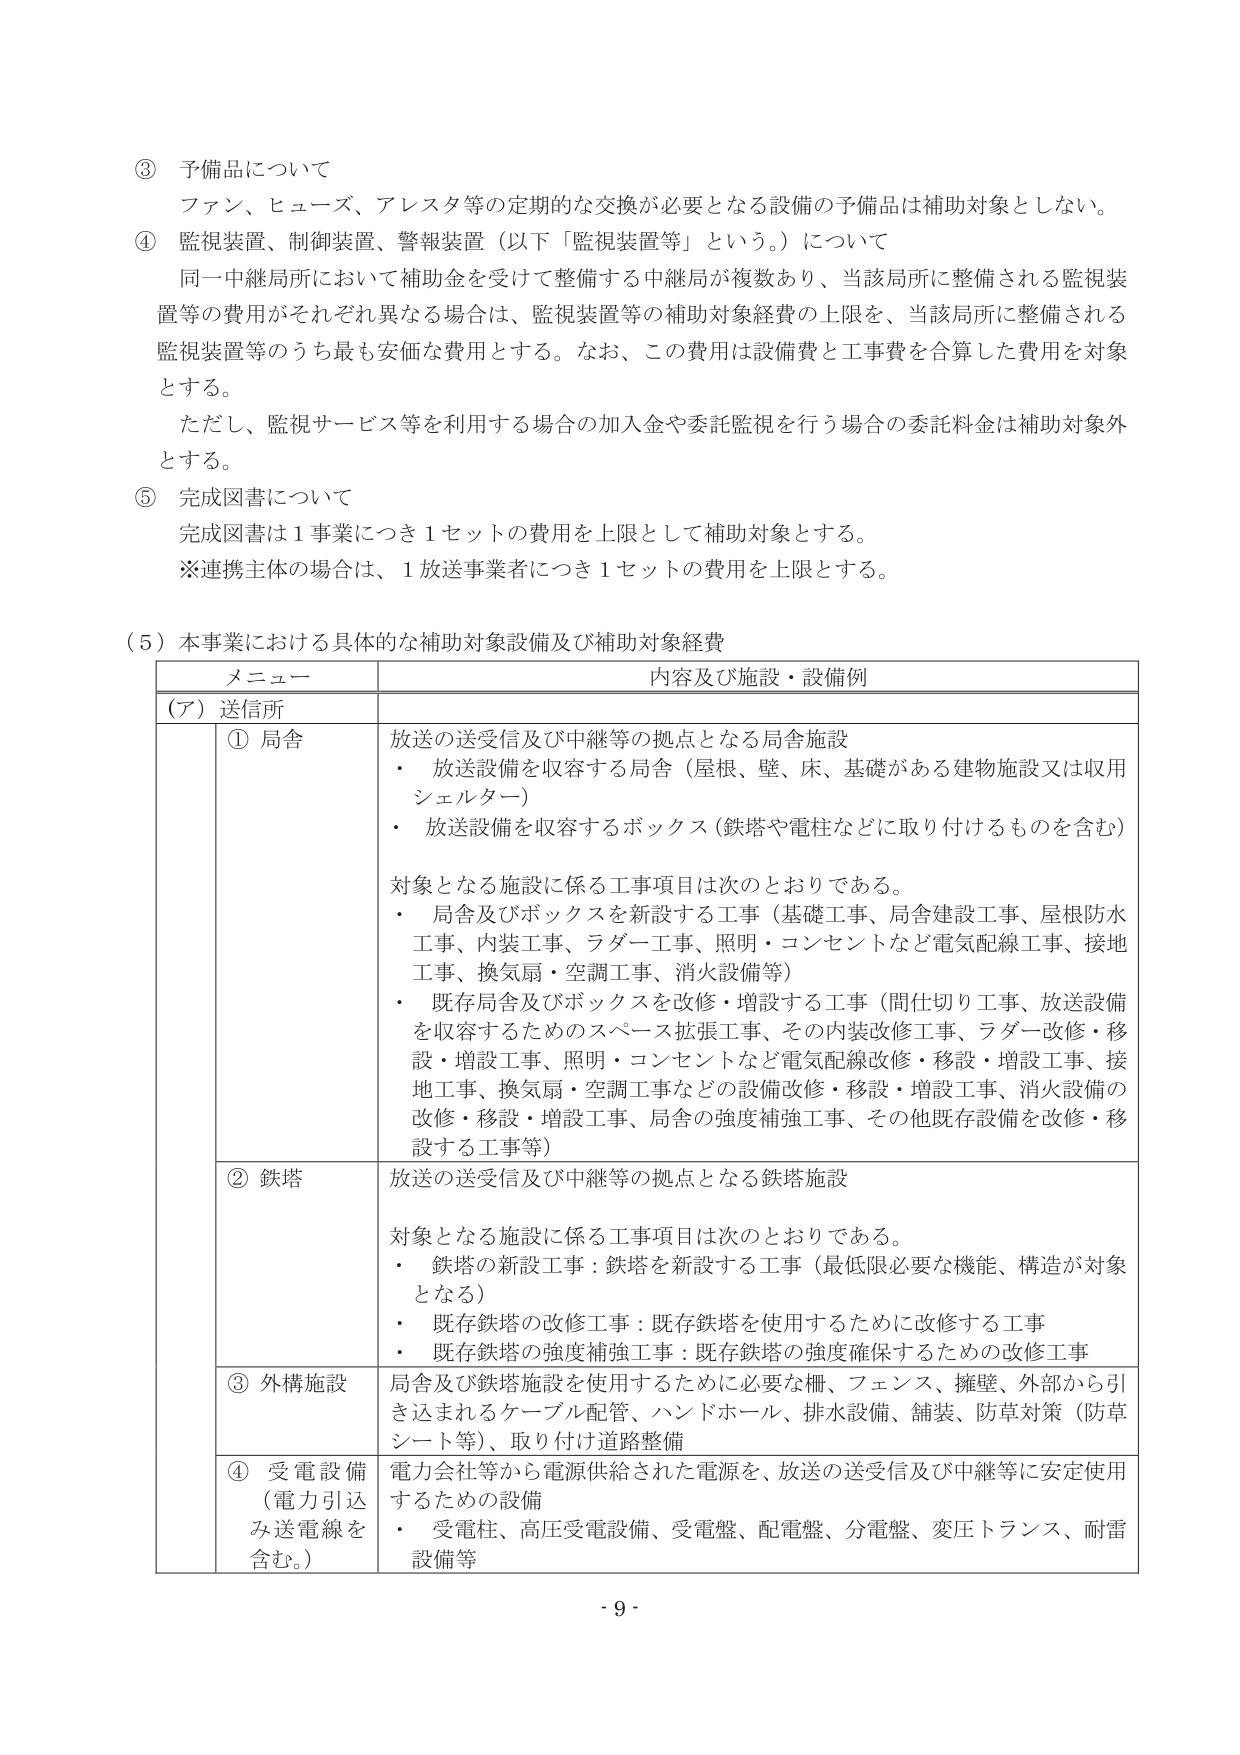
③ 予備品について
ファン、ヒューズ、アレスタ等の定期的な交換が必要となる設備の予備品は補助対象としない。

④ 監視装置、制御装置、警報装置（以下「監視装置等」という。）について
同一中継局所において補助金を受けて整備する中継局が複数あり、当該局所に整備される監視装置等の費用がそれぞれ異なる場合は、監視装置等の補助対象経費の上限を、当該局所に整備される監視装置等のうち最も安価な費用とする。なお、この費用は設備費と工事費を合算した費用を対象とする。
ただし、監視サービス等を利用する場合の加入金や委託監視を行う場合の委託料金は補助対象外とする。

⑤ 完成図書について
完成図書は１事業につき１セットの費用を上限として補助対象とする。
※連携主体の場合は、１放送事業者につき１セットの費用を上限とする。

（5）本事業における具体的な補助対象設備及び補助対象経費

| メニュー | 内容及び施設・設備例 |
|----------|----------------------|
| （ア）送信所 | |
| | ① 局舎 | 放送の送受信及び中継等の拠点となる局舎施設<br>・ 放送設備を収容する局舎（屋根、壁、床、基礎がある建物施設又は収用シェルター）<br>・ 放送設備を収容するボックス（鉄塔や電柱などに取り付けるものを含む）<br><br>対象となる施設に係る工事項目は次のとおりである。<br>・ 局舎及びボックスを新設する工事（基礎工事、局舎建設工事、屋根防水工事、内装工事、ラダー工事、照明・コンセントなど電気配線工事、接地工事、換気扇・空調工事、消火設備等）<br>・ 既存局舎及びボックスを改修・増設する工事（間仕切り工事、放送設備を収容するためのスペース拡張工事、その内装改修工事、ラダー改修・移設・増設工事、照明・コンセントなど電気配線改修・移設・増設工事、接地工事、換気扇・空調工事などの設備改修・移設・増設工事、消火設備の改修・移設・増設工事、局舎の強度補強工事、その他既存設備を改修・移設する工事等） |
| | ② 鉄塔 | 放送の送受信及び中継等の拠点となる鉄塔施設<br><br>対象となる施設に係る工事項目は次のとおりである。<br>・ 鉄塔の新設工事：鉄塔を新設する工事（最低限必要な機能、構造が対象となる）<br>・ 既存鉄塔の改修工事：既存鉄塔を使用するために改修する工事<br>・ 既存鉄塔の強度補強工事：既存鉄塔の強度確保するための改修工事 |
| | ③ 外構施設 | 局舎及び鉄塔施設を使用するために必要な柵、フェンス、擁壁、外部から引き込まれるケーブル配管、ハンドホール、排水設備、舗装、防草対策（防草シート等）、取り付け道路整備 |
| | ④ 受電設備（電力引込み送電線を含む。） | 電力会社等から電源供給された電源を、放送の送受信及び中継等に安定使用するための設備<br>・ 受電柱、高圧受電設備、受電盤、配電盤、分電盤、変圧トランス、耐雷設備等 |

- 9 -